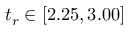
t _ { r } \in [ 2 . 2 5 , 3 . 0 0 ]